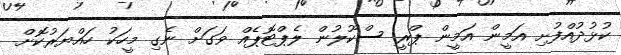
ކުޅުދުއްފުށި އަމީން އަމީން ޕްރީ ސްކޫލުން ލެޕްޓޮޕެއް ވަގަށް ނެގި މީހަކު ހައްޔަރުކޮށް